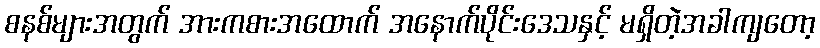
စနစ်များအတွက် အားကစားအထောက် အနောက်ပိုင်းဒေသနှင့် မရှိတဲ့အခါကျတော့